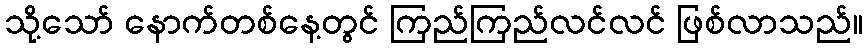
သို့သော် နောက်တစ်နေ့တွင် ကြည်ကြည်လင်လင် ဖြစ်လာသည်။